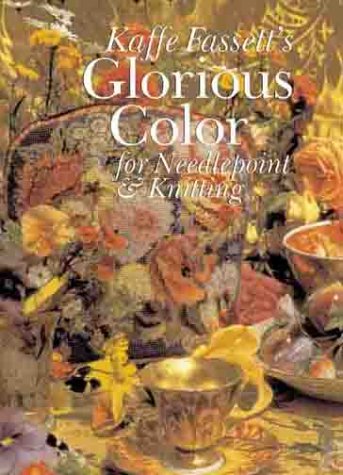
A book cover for Kaffe Fassett's Glorious Color for Needlepoint & Knitting; Kaffe Fassett; Crafts, Hobbies & Home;